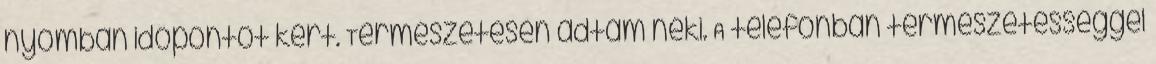
nyomban időpontot kért. Természetesen adtam neki. A telefonban természetességgel